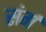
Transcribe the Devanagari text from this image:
संर्ग